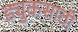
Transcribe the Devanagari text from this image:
ड्युकसाठी